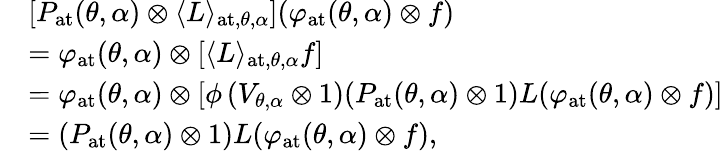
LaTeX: \begin{array}{rl}&{[P_{\mathrm{at}}(\theta,\alpha)\otimes\langle L\rangle_{\mathrm{at},\theta,\alpha}](\varphi_{\mathrm{at}}(\theta,\alpha)\otimes f)}\\ &{=\varphi_{\mathrm{at}}(\theta,\alpha)\otimes\left[\langle L\rangle_{\mathrm{at},\theta,\alpha}f\right]}\\ &{=\varphi_{\mathrm{at}}(\theta,\alpha)\otimes\left[\phi\, (V_{\theta,\alpha}\otimes 1)(P_{\mathrm{at}}(\theta,\alpha)\otimes 1)L(\varphi_{\mathrm{at}}(\theta,\alpha)\otimes f)\right]}\\ &{=(P_{\mathrm{at}}(\theta,\alpha)\otimes 1)L(\varphi_{\mathrm{at}}(\theta,\alpha)\otimes f),}\end{array}